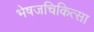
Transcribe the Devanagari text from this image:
भेषजचिकित्सा